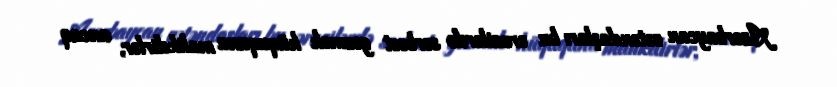
Azərbaycan vətəndaşları bu ərazilərdə sərbəst gəzmək hüququna malikdirlər, ancaq